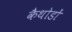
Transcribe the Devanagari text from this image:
कैथोडों